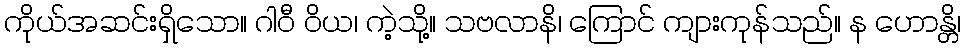
ကိုယ်အဆင်းရှိသော။ ဂါဝီ ဝိယ၊ ကဲ့သို့။ သဗလာနိ၊ ကြောင် ကျားကုန်သည်။ န ဟောန္တိ၊